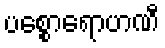
ပစ္စောရောဟဏီ